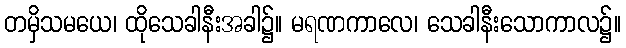
တမှိသမယေ၊ ထိုသေခါနီးအခါ၌။ မရဏကာလေ၊ သေခါနီးသောကာလ၌။